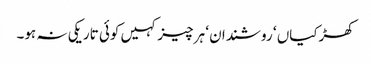
کھڑکیاں ‘ روشندان ‘ ہر چیز کہیں کوئی تاریکی نہ ہو۔